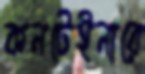
কনটেইনারে